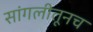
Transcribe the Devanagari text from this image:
सांगलीतूनच